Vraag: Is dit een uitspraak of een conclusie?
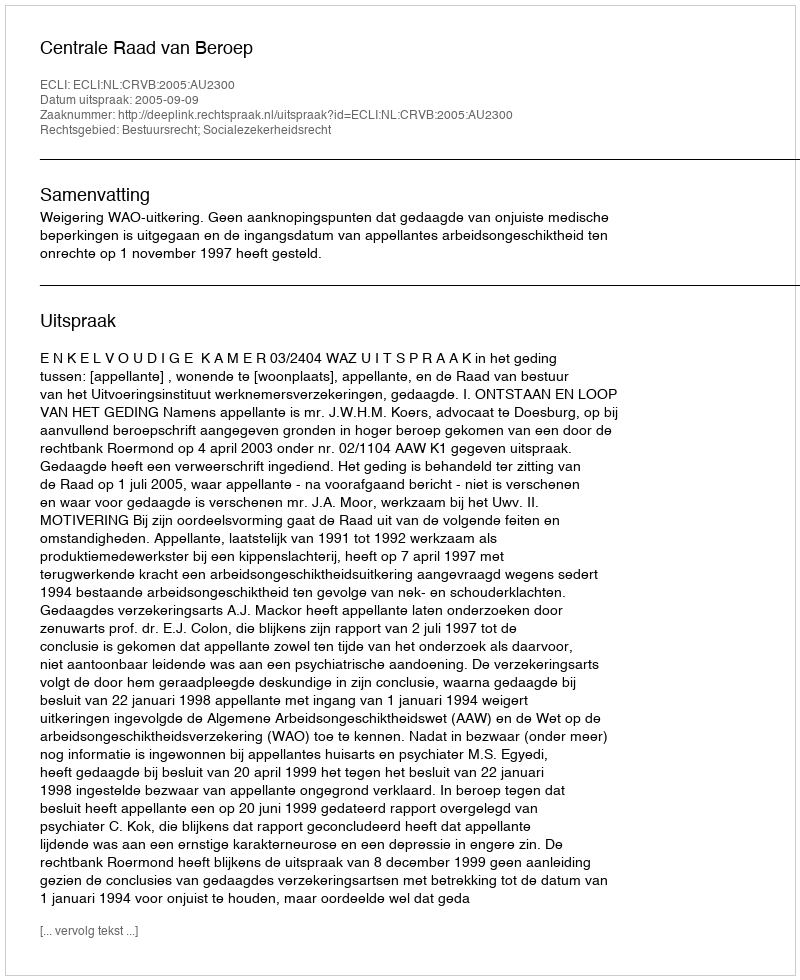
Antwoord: Uitspraak